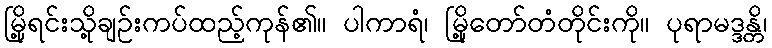
မြို့ရင်းသို့ချဉ်းကပ်ထည့်ကုန်၏။ ပါကာရံ၊ မြို့တော်တံတိုင်းကို။ ပုရာမဒ္ဒန္တိ၊